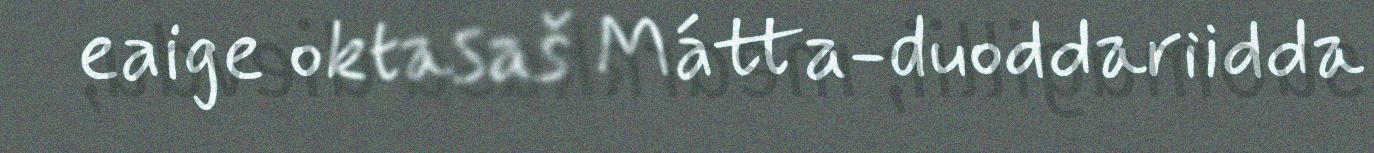
eaige oktasaš Mátta-duoddariidda